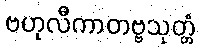
ဗဟုလီကာတဗ္ဗသုတ္တံ